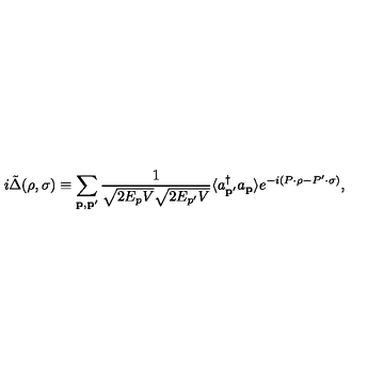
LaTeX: i \tilde { \Delta } ( \rho , \sigma ) \equiv \sum _ { { \bf p } , { \bf p } ^ { \prime } } \frac { 1 } { \sqrt { 2 E _ { p } V } \sqrt { 2 E _ { p ^ { \prime } } V } } \langle a _ { { \bf p } ^ { \prime } } ^ { \dagger } a _ { \bf p } \rangle e ^ { - i ( P \cdot \rho - P ^ { \prime } \cdot \sigma ) } ,